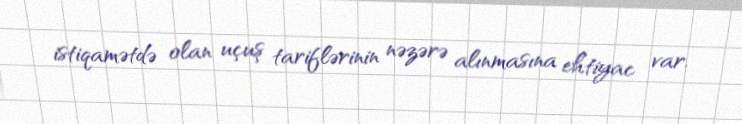
istiqamətdə olan uçuş tariflərinin nəzərə alınmasına ehtiyac var.